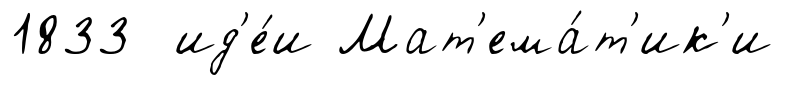
1833 ид'е́и Мат'ема́т'ик'и